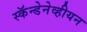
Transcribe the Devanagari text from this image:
स्कॅन्डेनेव्हीयन